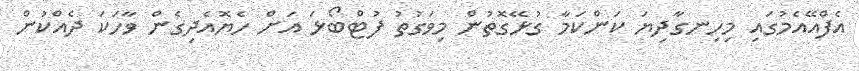
އެފްއޭއެމުގައި މިހިނގާދިޔަ ކަންކަމާ ގުޅޭގޮތުން މިވަގުތު ފުޓްބޯޅަ އަށް ހެޔޮއެދިގެން ވާހަކަ ދެއްކުން